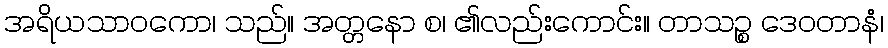
အရိယသာဝကော၊ သည်။ အတ္တနော စ၊ ၏လည်းကောင်း။ တာသဉ္စ ဒေဝတာနံ၊